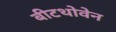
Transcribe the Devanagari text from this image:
बीटथोवेन